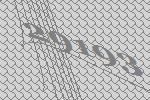
29193